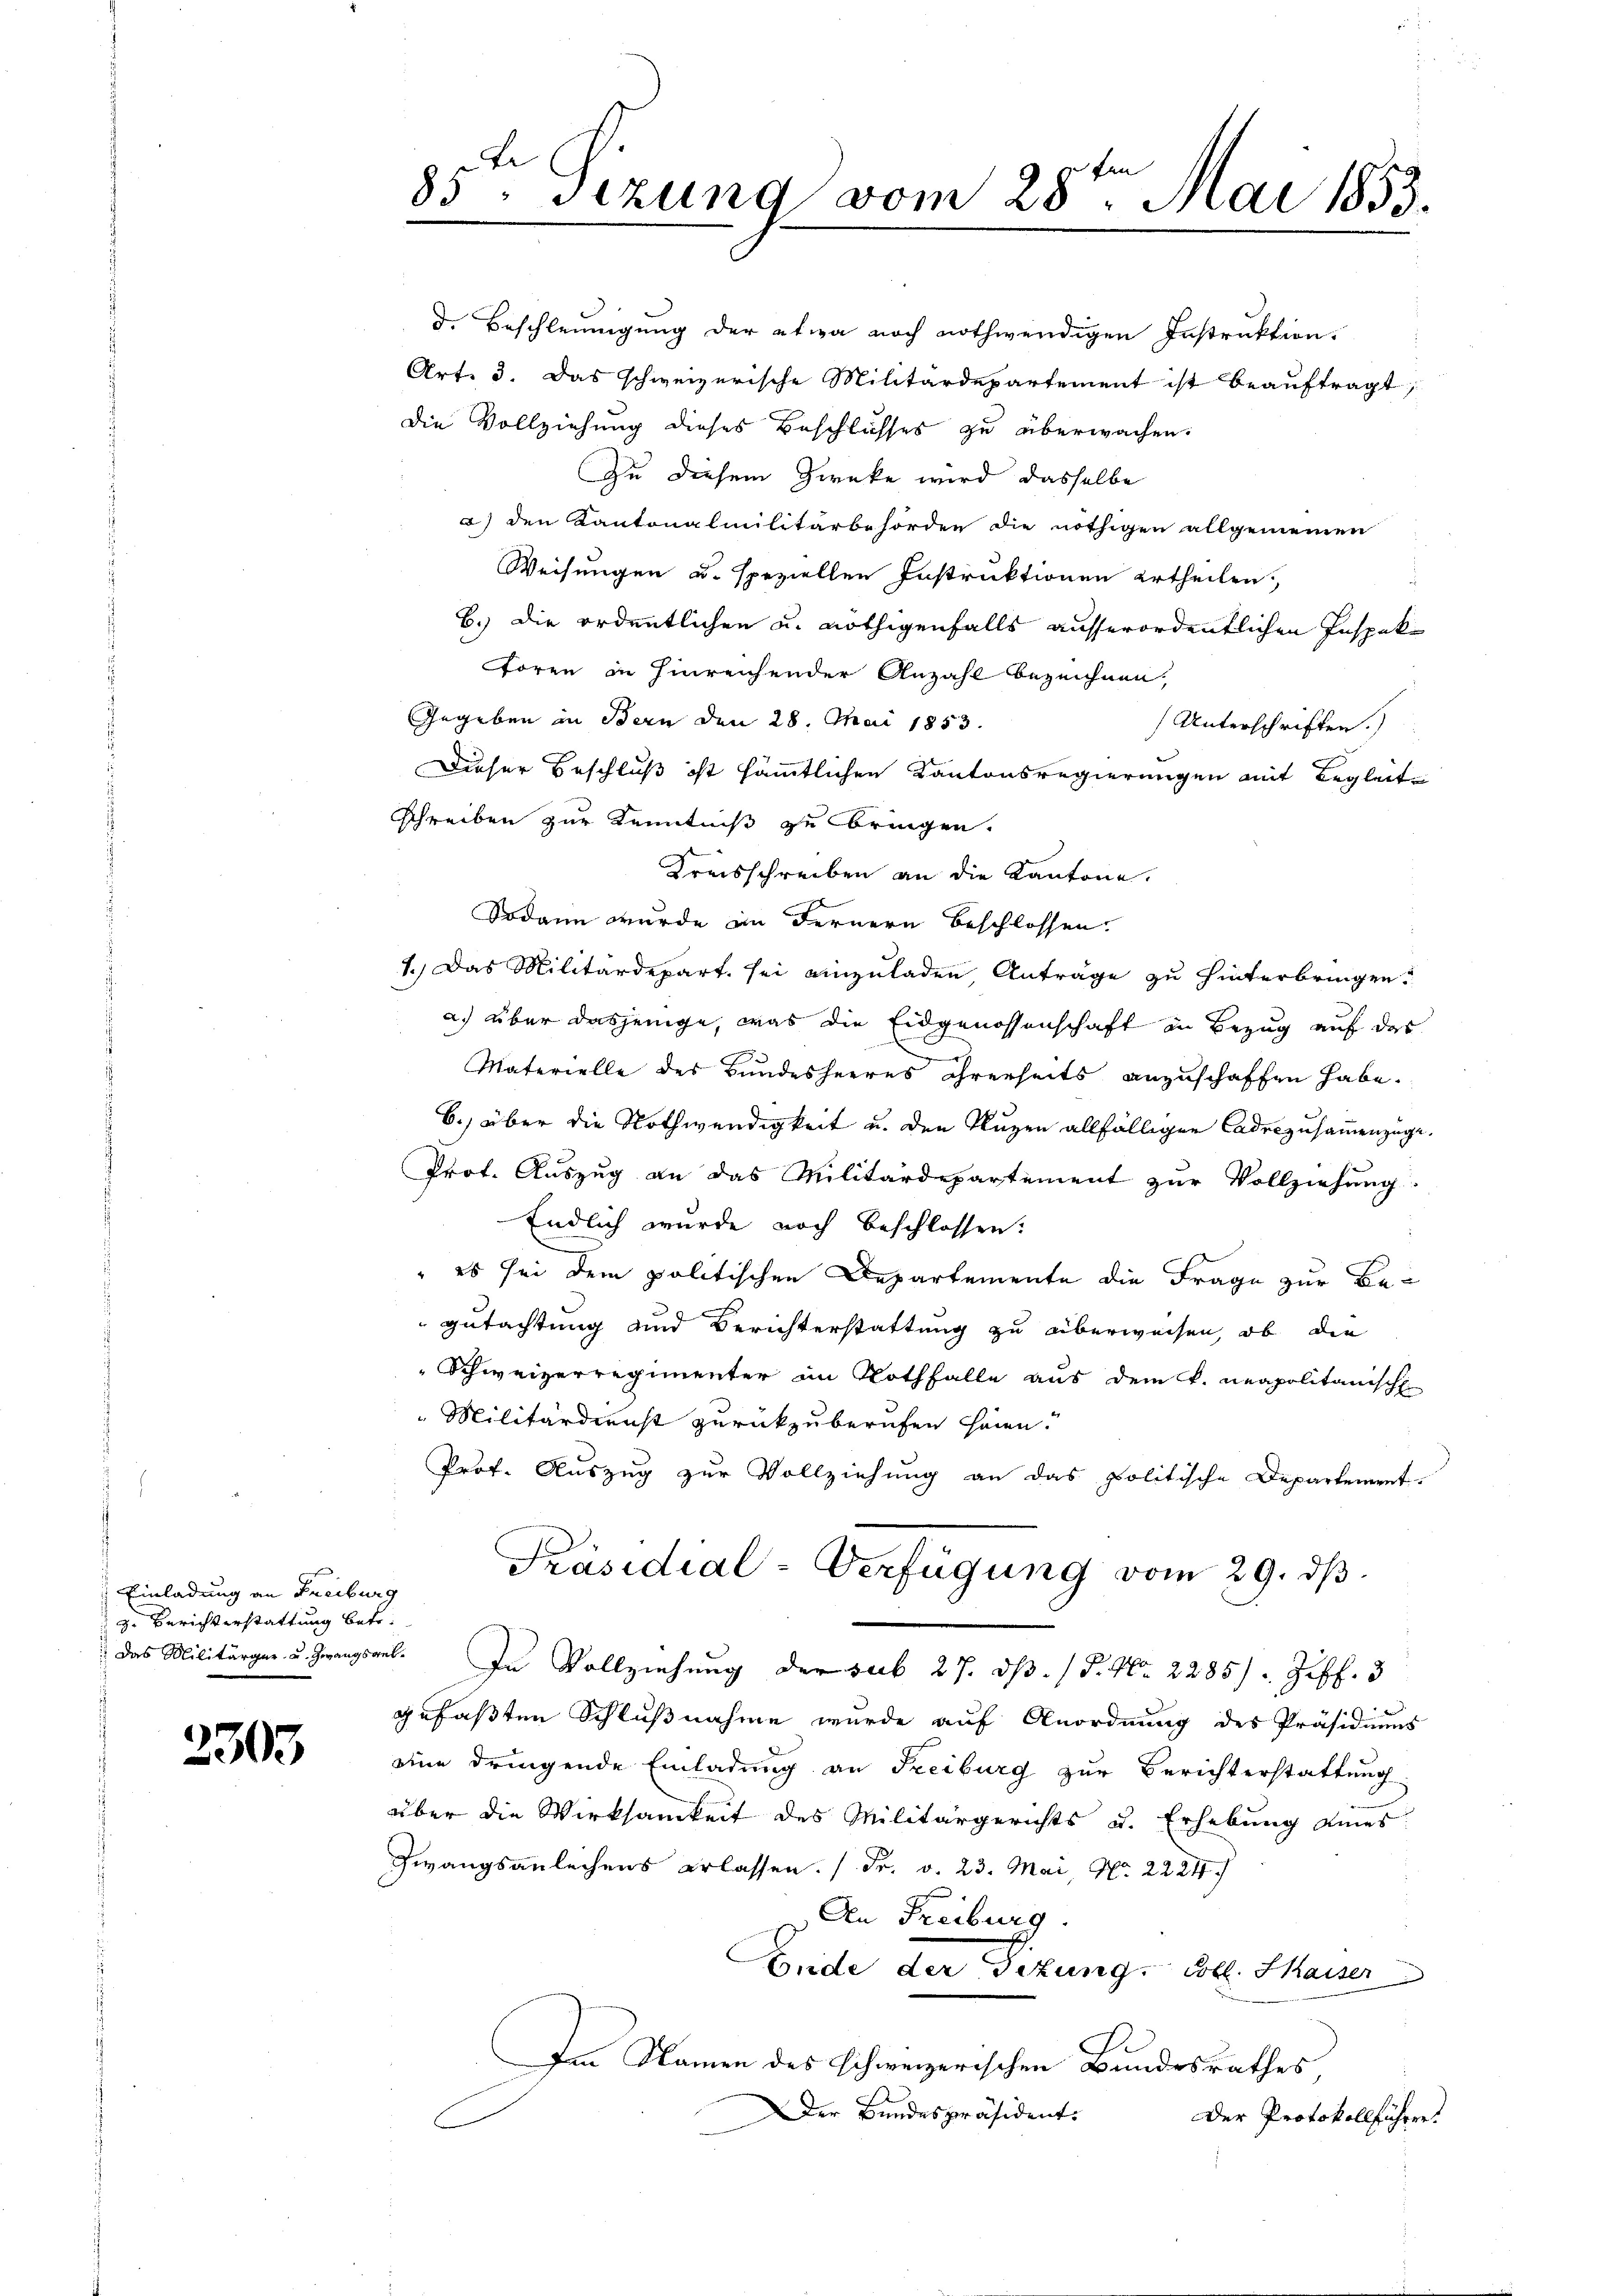
Einladung an Freiburg
g. Berichterstattung betr.

2303

d. Beschleunigung der etwa noch nothwendigen Instruktion.
Art. 3. Das schweizerische Militärdepartement ist beauftragt,
Die Vollziehung dieses Beschlusses zu überwachen.
Zu diesem Zwecke wird dasselbe
a) den Kantonalmilitärbehörden die nöthigen allgemeinen
Weisungen u. speziellen Instruktionen ertheilen.
b.) Die ordentlichen u. nöthigenfalls ausserordentlichen Inspek¬
Foren in hinreichender Anzahl bezeichnen,
Gegeben in Bern den 28. Mai 1853.
Unterschriften.)
Dieser Beschluß ist sämmtlichen Kantonsregierungen mit Begleit¬
Schreiben zur Kenntniß zu bringen.
Kreisschreiben an die Kantone.
Sodann wurde an Fernern beschlossen.
1.) Das Militärdepart sei einzuladen, Anträge zu hinterbringen.
a) über dasjenige, was die Eidgenossenschaft in Bezug auf das
Materielle des Bundesheeres ihrerseits anzuschaffen habe.
6.) über die Nothwendigkeit u. den Nuzen allfälligen Cadeszusammenzüge.
Prof. Auszug an das Militärdepartement zur Vollziehung
Endlich wurde noch beschlossen:
" es sei dem politischen Departemente die Frage zur Begutachtung und Berichterstattung zu überweisen, ob die
Schweizerregimenter im Rothfalle aus dem k. neapolitanische
Militärdienst zurückzuberufen haben.
Prof. Auszug zur Vollziehung an das politische Departement-
Präsidial-Verfügung vom 29. dβ.
Das Militärger u. Zwangsant. In Vollziehung der sub 27. ds. / P. Nr. 2285/. Ziff. 3
gefaßten Schlußnahme wurde auf Anordnung des Präsidiums
eine dringende Einladung an Freiburg zur Berichterstattung
über die Wirksamkeit des Militärgerichts u. Erhebung eines
Zwangsanleihens erlassen. (Fr. v. 23. Mai, No. 2224.
An Freiburg.
Ende der Sitzung, voll. Kaiser
Im Namen des schweizerischen Bundesrathes,
Der Bundespräsident.
Der Protokollführert

85ten Sizung vom 25ten Mai 1853.